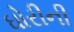
ઘોરીની